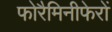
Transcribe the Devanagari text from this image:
फोरैमिनीफेरों